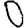
Digit: 0